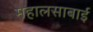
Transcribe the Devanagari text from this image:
महालसाबाई